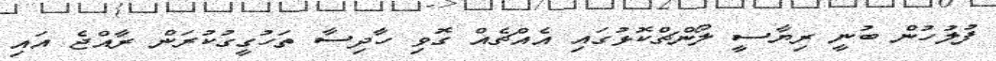
ފުލުހުން ބުނީ ރިޔާސީ ލޯންޗްކޮޅުގައި އެއްޗެއް ގޮވި ހާދިސާ ތަހުގީގުކުރަން ރާއްޖެ އައި